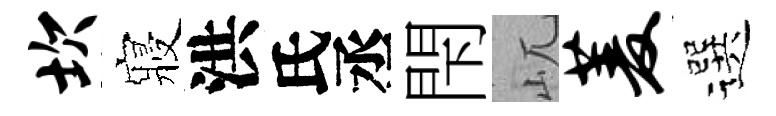
坎寢洪氏丞閇屼菱選